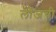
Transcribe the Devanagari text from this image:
लॉजची